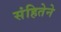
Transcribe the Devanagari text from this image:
संहितेने